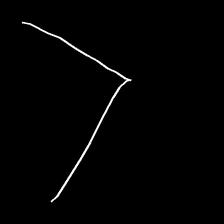
Glyph: region